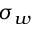
\sigma _ { w }